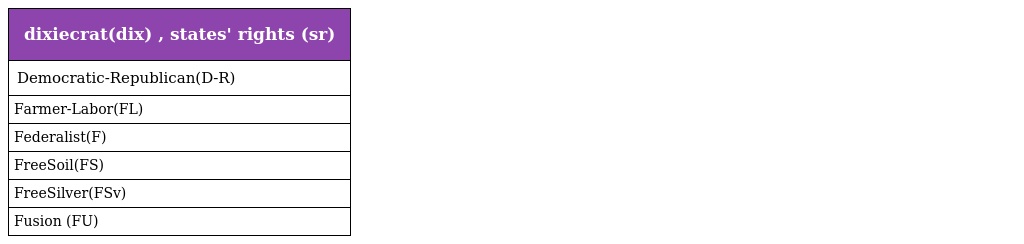
| dixiecrat(dix) , states' rights (sr) |
 | --- |
 | Democratic-Republican(D-R) |
 | Farmer-Labor(FL) |
 | Federalist(F) |
 | FreeSoil(FS) |
 | FreeSilver(FSv) |
 | Fusion (FU) |